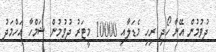
ދުވުމުން އޭނާ ހޯދި ރިހި މެޑަލާއި 10000 މީޓަރު ދުވުމުން ޝަމްހާ އަހްމަދު